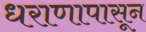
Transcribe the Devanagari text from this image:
धराणापासून